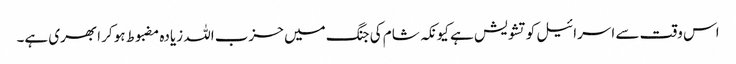
اس وقت سے اسرائیل کو تشویش ہے کیونکہ شام کی جنگ میں حزب اللہ زیادہ مضبوط ہو کر ابھری ہے۔